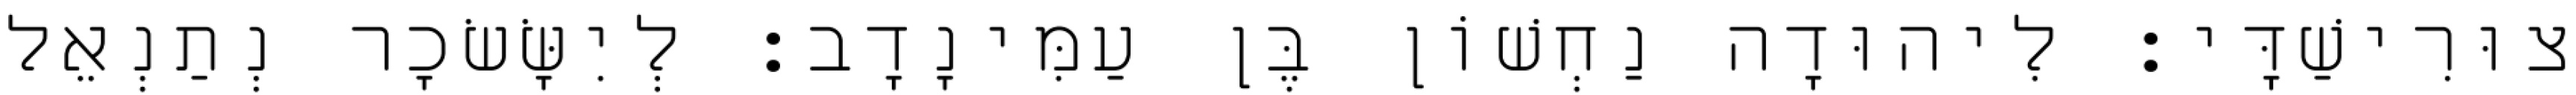
צוּרִישַׁדָּי׃ לִיהוּדָה נַחְשׁוֹן בֶּן עַמִּינָדָב׃ לְיִשָּׂשׂכָר נְתַנְאֵל